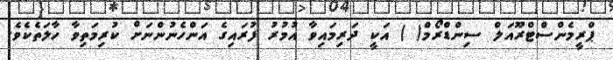
ޕްރީމެންސްޓްރޫއަލް ސިންޑްރޯމް( ) އަކީ ދަރިމައިވާ އުމުރު ފުރައިގެ އަންހެނުންނަށް ކުރިމަތިވާ ހާލަތެކެވެ.